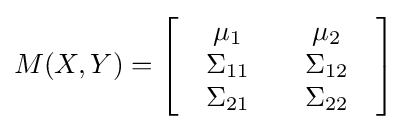
M(X,Y)=\left[{\begin{array}{*{20}c}{\begin{array}{*{20}c}\mu _{1}\\\Sigma _{11}\\\Sigma _{21}\end{array}}&{\begin{array}{*{20}c}\mu _{2}\\\Sigma _{12}\\\Sigma _{22}\end{array}}\end{array}}\right]